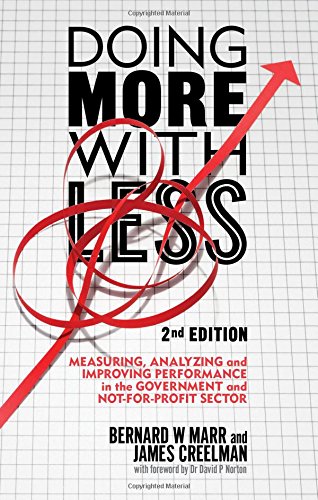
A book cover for Doing More with Less 2nd edition: Measuring, Analyzing and Improving Performance in the Not-For-Profit and Government Sectors; James Creelman; Business & Money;